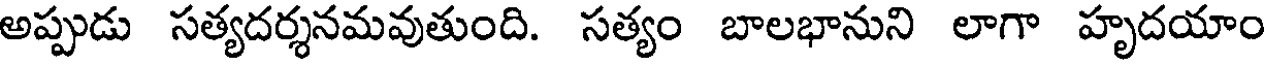
అప్పుడు సత్యదర్శనమవుతుంది. సత్యం బాలభానుని లాగా హృదయాం